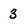
Character: 3